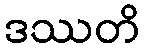
ဒဿတိ